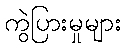
ကွဲပြားမှုများ